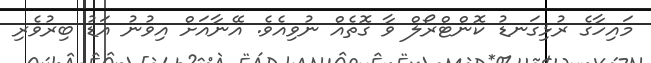
މައިހާގެ ރުޅިގަނޑު ކޮންޓްރޯލް ވާ ގޮތެއް ނުވިއެވެ. އޭނާއަށް އިވުނު އަޑު ބިރުވެރި